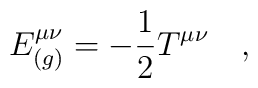
E^{\mu\nu}_{(g)}=-\frac 12 T^{\mu\nu}~~~,